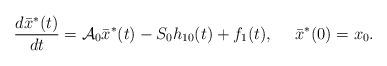
LaTeX: \begin{align*}\frac{d\bar{x}^{\ast }(t)}{dt}={\mathcal{A}}_{0}\bar{x}^{\ast}(t)-S_{0}h_{10}(t)+f_{1}(t),\ \ \ \ \bar{x}^{\ast }(0)=x_{0}.\end{align*}